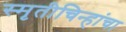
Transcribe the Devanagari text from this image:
स्मृतीचिन्हांचा